Annual report of the Madras Medical College
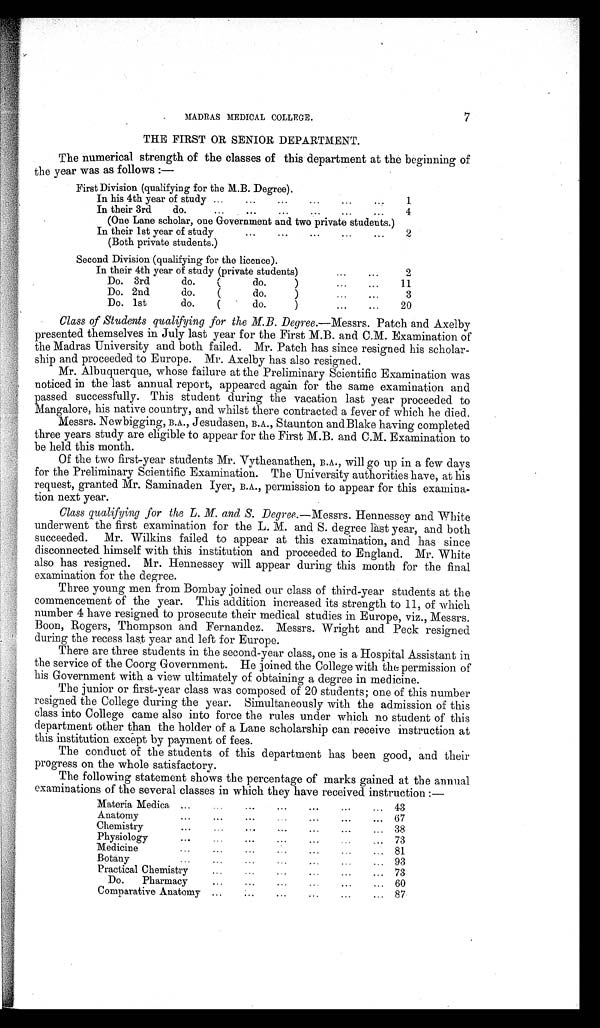
MADRAS MEDICAL COLLEGE.
7
THE FIRST OR SENIOR DEPARTMENT.
The numerical strength of the classes of this department at the beginning of
the year was as follows:—
First Division (qualifying for the M.B. Degree).
In his 4th year of study
1
In their 3rd do.
4
(One Lane scholar, one Government and two private students.)
In their 1st year of study
2
(Both private students.)
Second Division (qualifying for the licence).
In their 4th year of study (private students)
2
Do. 3rd do. (do.)
11
Do. 2nd do. (do.)
3
Do. 1st do. (do.)
20
Class of Students qualifying for the M.B. Degree. —Messrs. Patch and Axelby
presented themselves in July last year for the First M.B. and C.M. Examination of
the Madras University and both failed. Mr. Patch has since resigned his scholar-
ship and proceeded to Europe. Mr. Axelby has also resigned.
Mr. Albuquerque, whose failure at the Preliminary Scientific Examination was
noticed in the last annual report, appeared again for the same examination and
passed successfully. This student during the vacation last year proceeded to
Mangalore, his native country, and whilst there contracted a fever of which he died.
Messrs. Newbigging, B.A., Jesudasen, B.A., Staunton and Blake having completed
three years study are eligible to appear for the First M.B. and C.M. Examination to
be held this month.
Of the two first-year students Mr. Vytheanathen, B.A., will go up in a few days
for the Preliminary Scientific Examination. The University authorities have, at his
request, granted Mr. Saminaden Iyer, B.A., permission to appear for this examina-
tion next year.
Class qualifying for the L. M. and S. Degree. —Messrs. Hennessey and White
underwent the first examination for the L. M. and S. degree last year, and both
succeeded. Mr. Wilkins failed to appear at this examination, and has since
disconnected himself with this institution and proceeded to England. Mr. White
also has resigned. Mr. Hennessey will appear during this month for the final
examination for the degree.
Three young men from Bombay joined our class of third-year students at the
commencement of the year. This addition increased its strength to 11, of which
number 4 have resigned to prosecute their medical studies in Europe, viz., Messrs.
Boon, Rogers, Thompson and Fernandez. Messrs. Wright and Peck resigned
during the recess last year and left for Europe.
There are three students in the second-year class, one is a Hospital Assistant in
the service of the Coorg Government. He joined the College with the permission of
his Government with a view ultimately of obtaining a degree in medicine.
The junior or first-year class was composed of 20 students; one of this number
resigned the College during the year. Simultaneously with the admission of this
class into College came also into force the rules under which no student of this
department other than the holder of a Lane scholarship can receive instruction at
this institution except by payment of fees.
The conduct of the students of this department has been good, and their
progress on the whole satisfactory.
The following statement shows the percentage of marks gained at the annual
examinations of the several classes in which they have received instruction:—
Materia Medica
43
Anatomy
67
Chemistry
38
Physiology
73
Medicine
81
Botany
93
Practical Chemistry
73
Do. Pharmacy
60
Comparative Anatomy
87